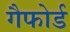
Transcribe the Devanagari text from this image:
गैफोर्ड